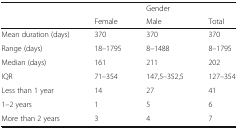
<table><thead><tr><td rowspan="2"></td><td></td><td><b>Gender</b></td><td></td></tr><tr><td><b>Female</b></td><td><b>Male</b></td><td><b>Total</b></td></tr></thead><tbody><tr><td>Mean duration (days)</td><td>370</td><td>370</td><td>370</td></tr><tr><td>Range (days)</td><td>18–1795</td><td>8–1488</td><td>8–1795</td></tr><tr><td>Median (days)</td><td>161</td><td>211</td><td>202</td></tr><tr><td>IQR</td><td>71–354</td><td>147,5–352,5</td><td>127–354</td></tr><tr><td>Less than 1 year</td><td>14</td><td>27</td><td>41</td></tr><tr><td>1–2 years</td><td>1</td><td>5</td><td>6</td></tr><tr><td>More than 2 years</td><td>3</td><td>4</td><td>7</td></tr></tbody></table>